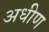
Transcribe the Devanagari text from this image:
अधीण